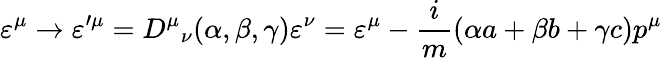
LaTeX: \varepsilon^{\mu}\rightarrow\varepsilon^{\prime\mu}={D^{\mu}}_{\nu}(\alpha,\beta,\gamma)\varepsilon^{\nu}=\varepsilon^{\mu}-\frac{i}{m}(\alpha a+\beta b+\gamma c)p^{\mu}